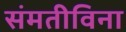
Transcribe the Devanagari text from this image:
संमतीविना